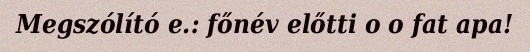
Megszólító e.: főnév előtti o o fat apa!